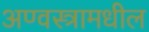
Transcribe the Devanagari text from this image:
अण्वस्त्रामधील